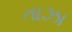
તાઝા